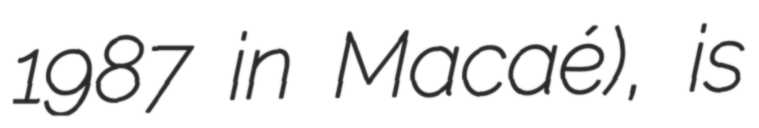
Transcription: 1987 in Macaé), is